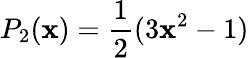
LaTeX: P_{2}(\mathbf{x})=\frac{{1}}{{2}}(3\mathbf{x}^{2}-1)